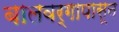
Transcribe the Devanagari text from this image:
बालवर्गापासून